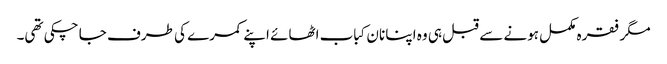
مگر فقرہ مکمل ہونے سے قبل ہی وہ اپنا نان کباب اٹھائے اپنے کمرے کی طرف جا چکی تھی۔